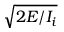
\sqrt { 2 E / I _ { i } }